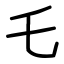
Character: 乇